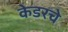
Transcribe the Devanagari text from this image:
केडरचे